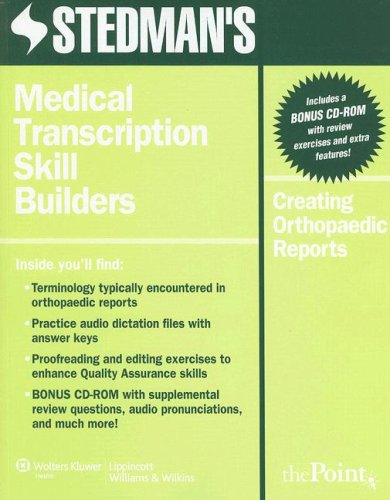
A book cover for Stedman's Medical Transcription Skill Builders: Creating Orthopaedic Reports (Point (Lippincott Williams & Wilkins)); Stedman's; Medical Books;